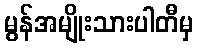
မွန်အမျိုးသားပါတီမှ